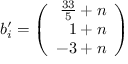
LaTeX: b _ { i } ^ { \prime } = \left( \begin{array} { r } { { \frac { 3 3 } { 5 } + n } } \\ { { 1 + n } } \\ { { - 3 + n } } \end{array} \right)